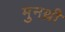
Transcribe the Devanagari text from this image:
मुनथ्री